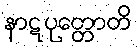
နာဋပုတ္တောတိ